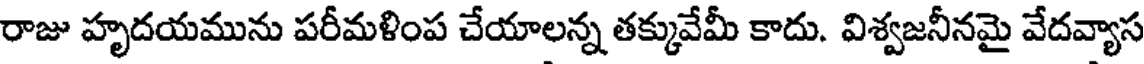
రాజు హృదయమును పరీమళింప చేయాలన్న తక్కువేమీ కాదు. విశ్వజనీనమై వేదవ్యాస